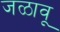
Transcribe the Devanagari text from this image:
जळावू